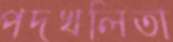
পদখলিতা